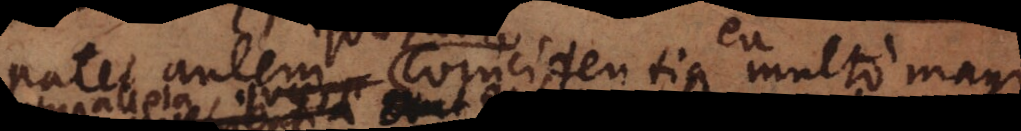
Patet autem coincidentia ea multo magis